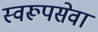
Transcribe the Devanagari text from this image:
स्वरूपसेवा